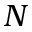
N